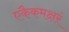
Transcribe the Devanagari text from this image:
एकैकमक्षरं